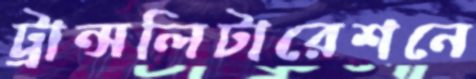
ট্রান্সলিটারেশনে